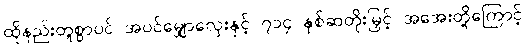
ထိုနည်းတူစွာပင် အပင်မျှောလှေးနှင့် ၇၁၄ နှစ်ဆတိုးမြှင့် အအေးတို့ကြောင့်